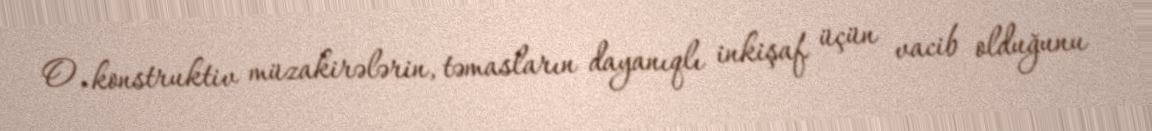
O, konstruktiv müzakirələrin, təmasların dayanıqlı inkişaf üçün vacib olduğunu